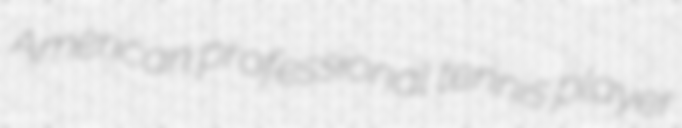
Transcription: American professional tennis player